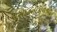
વસાહતીકાળનો